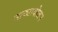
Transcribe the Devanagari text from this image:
नाट्यायोजन